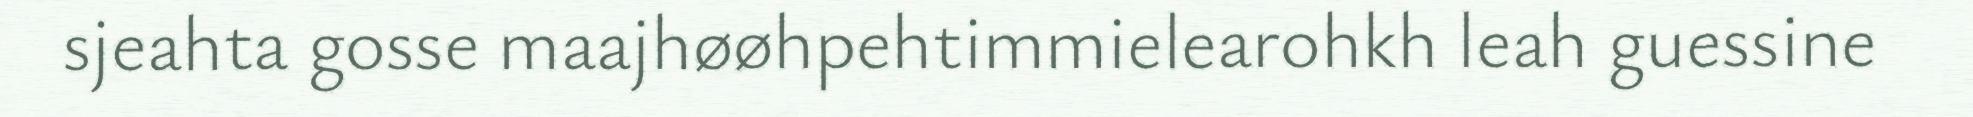
sjeahta gosse maajhøøhpehtimmielearohkh leah guessine